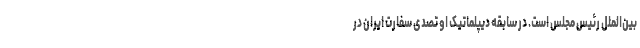
بین‌الملل رئیس مجلس است. در سابقه دیپلماتیک او تصدی سفارت ایران در